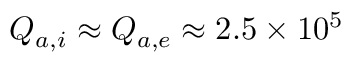
Q _ { a , i } \approx Q _ { a , e } \approx 2 . 5 \times 1 0 ^ { 5 }